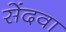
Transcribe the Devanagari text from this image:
सेंदवा